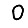
Digit: 0